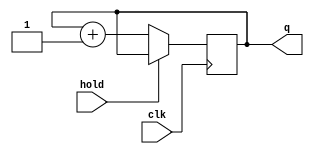
`timescale 1ns / 1ps
//////////////////////////////////////////////////////////////////////////////////
// Company: 
// Engineer: 
// 
// Design Name: 
// Module Name:    counter4bit_hold 
// Project Name: 
// Target Devices: 
// Tool versions: 
// Description: 
//
// Dependencies: 
//
// Revision: 
// Revision 0.01 - File Created
// Additional Comments: 
//
//////////////////////////////////////////////////////////////////////////////////
module countr_hold (clk, hold, q);
input clk,hold;
output [3:0] q;
reg [3:0] q;
	initial q = 4'b0000;
	/*This initialization is needed if we want to start counting
	from 0000 */
	always @ (posedge clk) begin
		if(hold == 0)
			q = q + 1;
	end
endmodule